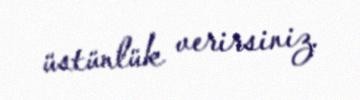
üstünlük verirsiniz.